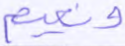
ونعيم